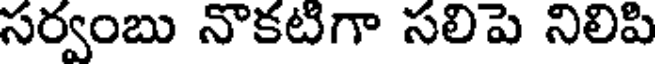
సర్వంబు నొకటిగా సలిపె నిలిపి